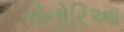
ગોનોરિઆ